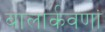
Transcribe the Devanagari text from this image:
बालार्कवणां